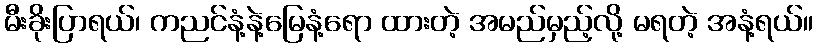
မီးခိုးပြာရယ်၊ ကညင်နံ့နဲ့မြေနံ့ရော ထားတဲ့ အမည်မှည့်လို့ မရတဲ့ အနံ့ရယ်။